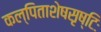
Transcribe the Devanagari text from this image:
कल्पिताशेषसृष्टिः